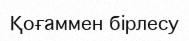
Қоғаммен бірлесу